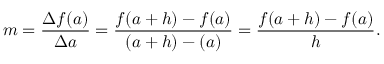
m = { \frac { \Delta f ( a ) } { \Delta a } } = { \frac { f ( a + h ) - f ( a ) } { ( a + h ) - ( a ) } } = { \frac { f ( a + h ) - f ( a ) } { h } } .